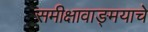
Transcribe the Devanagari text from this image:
समीक्षावाङ्मयाचे